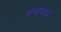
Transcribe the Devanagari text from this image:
दाबामध्ये